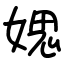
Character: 媤